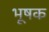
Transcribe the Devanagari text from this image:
भूषक